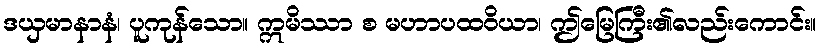
ဒယှမာနာနံ၊ ပူကုန်သော။ ဣမိဿာ စ မဟာပထဝိယာ၊ ဤမြေကြီး၏လည်းကောင်း။